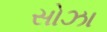
સોઝા